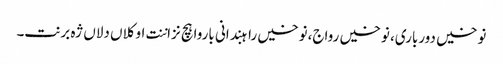
نوخیں دورباری، نوخیں رواج،نوخیں راہبندانی باروا ہچ نزاننت او کلاں دلاں ژہ برنت۔